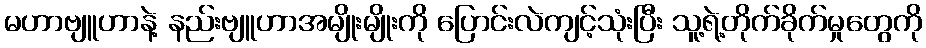
မဟာဗျူဟာနဲ့ နည်းဗျူဟာအမျိုးမျိုးကို ပြောင်းလဲကျင့်သုံးပြီး သူ့ရဲ့တိုက်ခိုက်မှုတွေကို